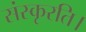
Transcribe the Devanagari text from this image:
संस्कृरति।